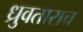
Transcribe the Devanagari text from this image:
ध्रुवताराच